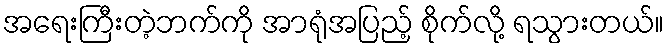
အရေးကြီးတဲ့ဘက်ကို အာရုံအပြည့် စိုက်လို့ ရသွားတယ်။